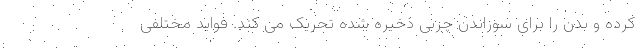
کرده و بدن را برای سوزاندن چربی ذخیره شده تحریک می کند. فواید مختلفی